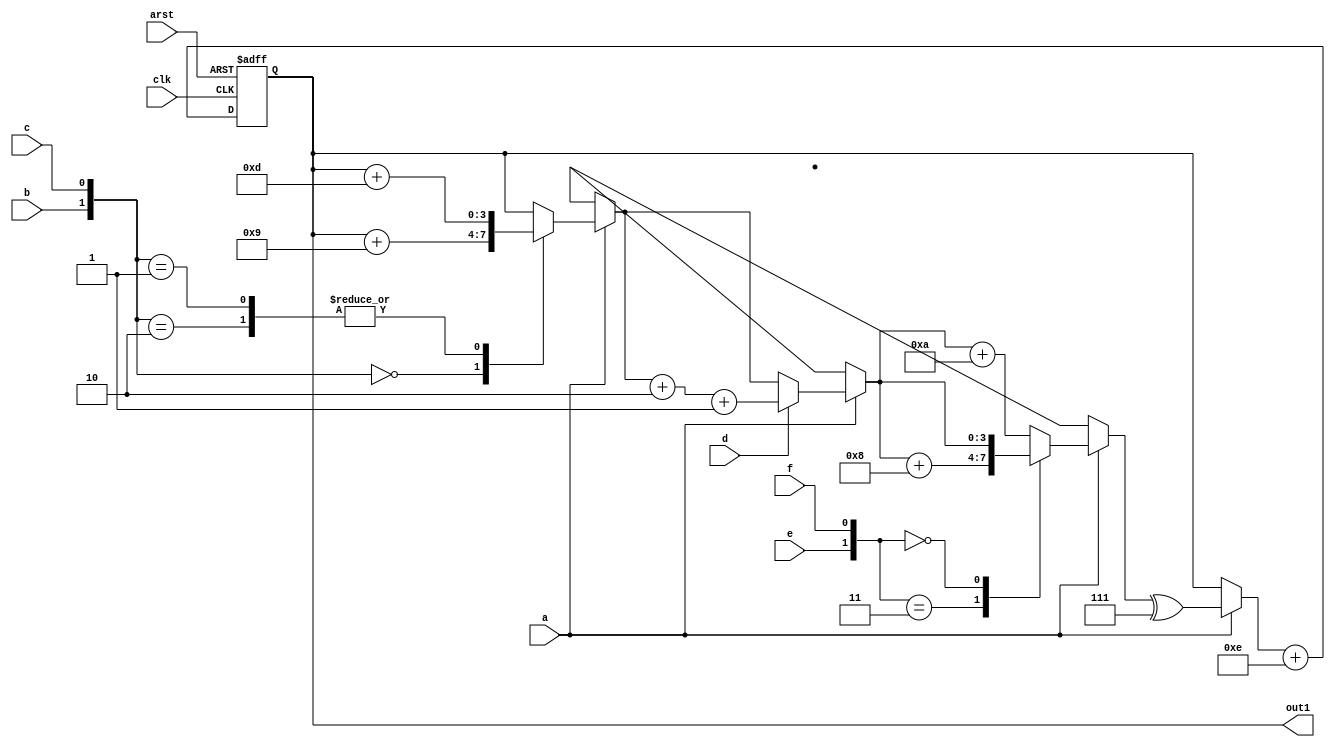
module uut_1(clk, arst, a, b, c, d, e, f,  out1);
input clk, arst, a, b, c, d, e, f;
output reg [3:0] out1;
always @(posedge clk, posedge arst) begin
	if (arst)
		out1 = 0;
	else begin
		if (a) begin
			case ({b, c})
				2'b00:
					out1 = out1 + 9;
				2'b01, 2'b10:
					out1 = out1 + 13;
			endcase
			if (d) begin
				out1 = out1 + 2;
				out1 = out1 + 1;
			end
			case ({e, f})
				2'b11:
					out1 = out1 + 8;
				2'b00:
					;
				default:
					out1 = out1 + 10;
			endcase
			out1 = out1 ^ 7;
		end
		out1 = out1 + 14;
	end
end
endmodule